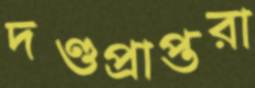
দণ্ডপ্রাপ্তরা